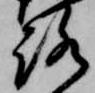
路